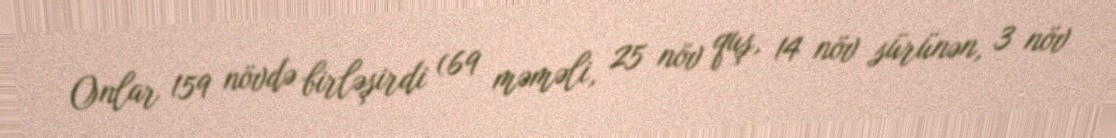
Onlar 159 növdə birləşirdi (69 məməli, 25 növ quş, 14 növ sürünən, 3 növ